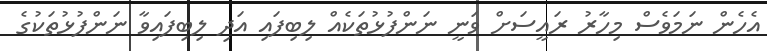
އެހެން ނަމަވެސް މިހާރު ރައީސަށް ވަނީ ނަންފުޅުތަކެއް ލިބިފައި އަދި ލިބިފައިވާ ނަންފުޅުތަކުގެ